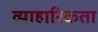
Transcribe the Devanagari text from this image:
व्याहारिकता